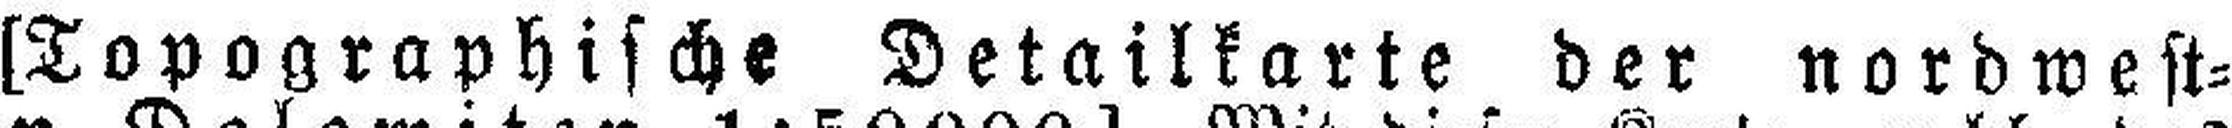
[Topographische Detailkarte der nordwest¬